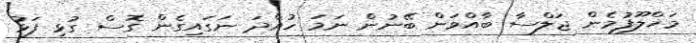
މަޚްލޫފުމެން ޖަލްސާ ބާއްވަން ބޭނުން ނަމަ ހުއްދަ ނަގައިގެން ގޮސް ގުޅި ފަޅު